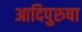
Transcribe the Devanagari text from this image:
आदिपुरुषा